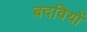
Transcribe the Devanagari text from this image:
बदवियों